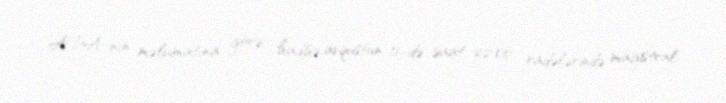
APA-nın məlumatına görə, hadisə avqustun 11-də saat 22:00 radələrində magistral